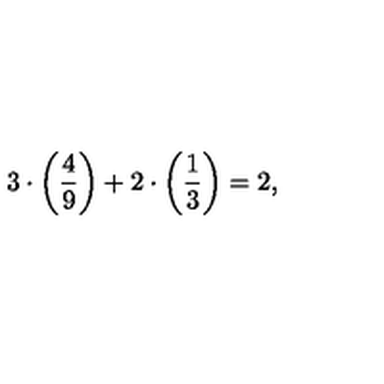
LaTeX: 3 \cdot \left( \frac { 4 } { 9 } \right) + 2 \cdot \left( \frac { 1 } { 3 } \right) = 2 ,